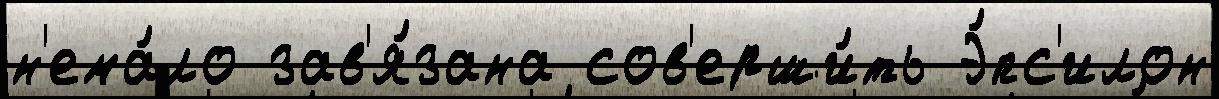
н'ема́ло зав'я́зана сов'ерши́ть Э́пс'илон